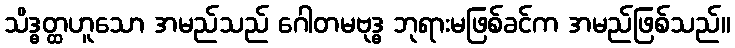
သိဒ္ဓတ္ထဟူသော အမည်သည် ဂေါတမဗုဒ္ဓ ဘုရားမဖြစ်ခင်က အမည်ဖြစ်သည်။